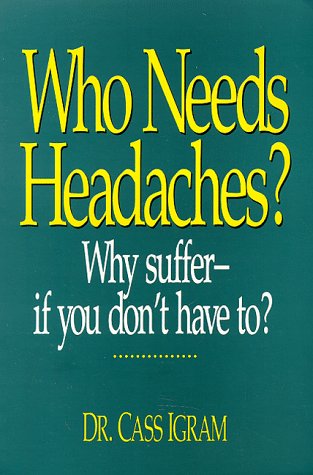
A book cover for Who Needs Headaches; Cass Igram; Health, Fitness & Dieting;